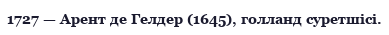
1727 — Арент де Гелдер (1645), голланд суретшісі.